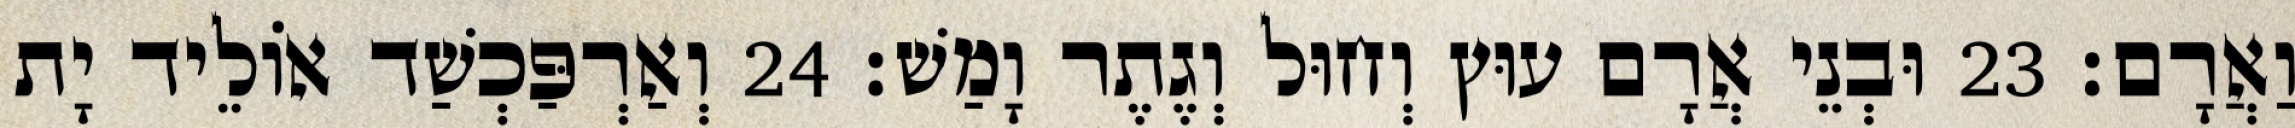
וַאֲרָם׃ 23 וּבְנֵי אֲרָם עוּץ וְחוּל וְגֶתֶר וָמַשׁ׃ 24 וְאַרְפַּכְשַׁד אוֹלֵיד יָת